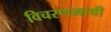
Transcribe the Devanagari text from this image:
विचरणमापी